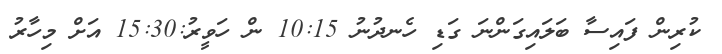
ކުރިން ފައިސާ ބަލައިގަންނަ ގަޑި ހެނދުނު 10:15 ން ހަވީރު:15:30 އަށް މިހާރު